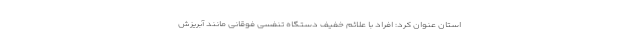
استان عنوان کرد: افراد با علائم خفیف دستگاه تنفسی فوقانی مانند آبریزش